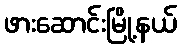
ဖားဆောင်းမြို့နယ်